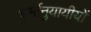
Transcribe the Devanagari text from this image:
धर्मानुयायीयों